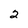
Character: 2